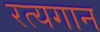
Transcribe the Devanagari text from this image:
रत्यगान